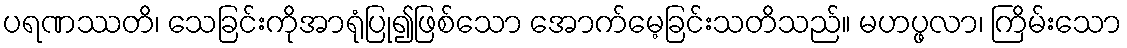
ပရဏဿတိ၊ သေခြင်းကိုအာရုံပြု၍ဖြစ်သော အောက်မေ့ခြင်းသတိသည်။ မဟပ္ဖလာ၊ ကြိမ်းသော